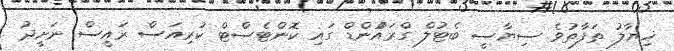
ޚިޔާލު ތަފާތުވެ ސިޔާސީ ބެޓުލް ގްރައުްންޑް ގައި ކޮންޓެސްޓް ކުރިއަސް ރައީސް ނަށީދު